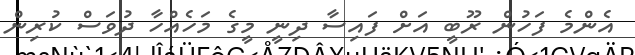
އެންމެ ފަހުން ރޫބީ އަށް ފައިސާ ދިނީ މީގެ މަހެއްހާ ދުވަސް ކުރިން